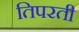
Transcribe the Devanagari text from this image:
तिपरती